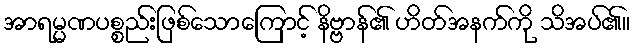
အာရမ္မဏပစ္စည်းဖြစ်သောကြောင့် နိဗ္ဗာန်၏ ဟိတ်အနက်ကို သိအပ်၏။